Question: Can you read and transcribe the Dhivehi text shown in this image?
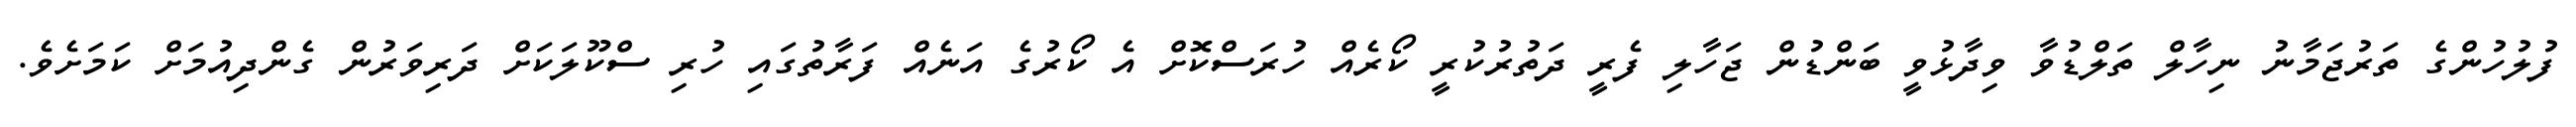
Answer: ފުލުހުންގެ ތަރުޖަމާނު ނިހާލް ތަލްޑުވާ ވިދާޅުވީ ބަންޑުން ޖަހާލި ފެރީ ދަތުރުކުރީ ކޯރެއް ހުރަސްކޮށް އެ ކޯރުގެ އަނެއް ފަރާތުގައި ހުރި ސްކޫލަކަށް ދަރިވަރުން ގެންދިއުމަށް ކަމަށެވެ.